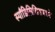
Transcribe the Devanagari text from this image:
स्पाँडिलिसिसमध्ये